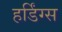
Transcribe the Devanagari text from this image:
हर्डिंग्स